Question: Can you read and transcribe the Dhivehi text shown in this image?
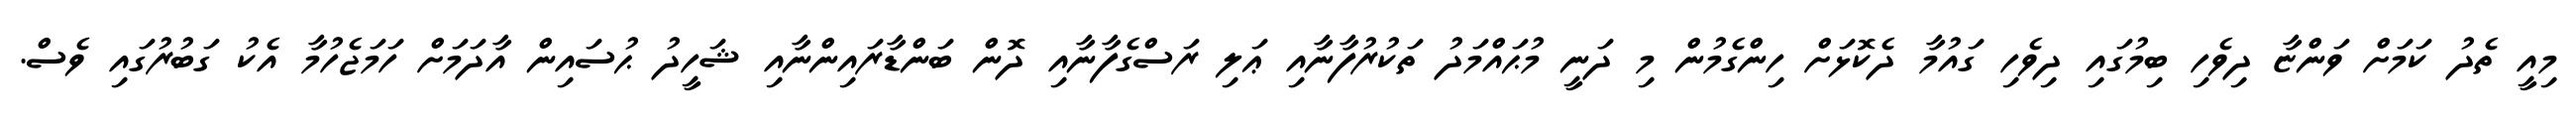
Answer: މިއީ ތެދު ކަމަށް ވަންޏާ ދިވެހި ބިމުގައި ދިވެހި ގައުމާ ދެކޮޅަށް ހިންގެމުން މި ދަނީ މުޙައްމަދު ތަކުރުފާނާއި ޢަލި ރަސްގެފާނާއި ދޮން ބަންޑާރައިންނާއި ޝަހީދު ޙުސައިން އާދަމަށް ހަމަޖެހުމާ އެކު ގަބުރުގައި ވެސް.